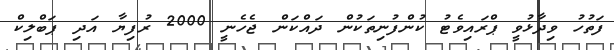
ފަތުހު ވިދާޅުވީ ޕްރައިވެޓު ކުންފުނިތަކުން ދައްކަން ޖެހެނީ 2000 ރުފިޔާ އަދި ޕަބްލިކް